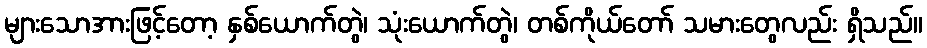
များသောအားဖြင့်တော့ နှစ်ယောက်တွဲ၊ သုံးယောက်တွဲ၊ တစ်ကိုယ်တော် သမားတွေလည်း ရှိသည်။